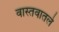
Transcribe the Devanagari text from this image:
वास्तवातले